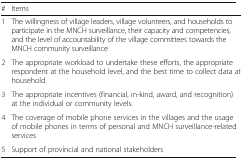
<table><thead><tr><td><b>#</b></td><td><b>Items</b></td></tr></thead><tbody><tr><td>1</td><td>The willingness of village leaders, village volunteers, and households to participate in the MNCH surveillance, their capacity and competencies, and the level of accountability of the village committees towards the MNCH community surveillance</td></tr><tr><td>2</td><td>The appropriate workload to undertake these efforts, the appropriate respondent at the household level, and the best time to collect data at household</td></tr><tr><td>3</td><td>The appropriate incentives (financial, in-kind, award, and recognition) at the individual or community levels.</td></tr><tr><td>4</td><td>The coverage of mobile phone services in the villages and the usage of mobile phones in terms of personal and MNCH surveillance-related services</td></tr><tr><td>5</td><td>Support of provincial and national stakeholders</td></tr></tbody></table>